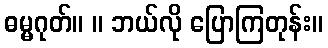
ဓမ္မဂုတ်။ ။ ဘယ်လို ပြောကြတုန်း။